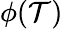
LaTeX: \phi(\mathcal{T})